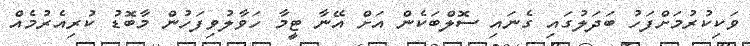
ވަކިކުރުމަށްފަހު ބަދަލުގައި ގެނައި ސޮލްބަކެން އަށް އޭނާ ޓީމާ ހަވާލުވިފަހުން މާބޮޑު ކުރިއެރުމެއް